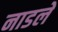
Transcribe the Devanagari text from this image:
नाडले